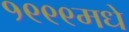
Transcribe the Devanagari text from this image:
१९९९मधे